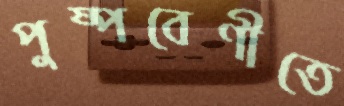
পুষ্পবেণীতে